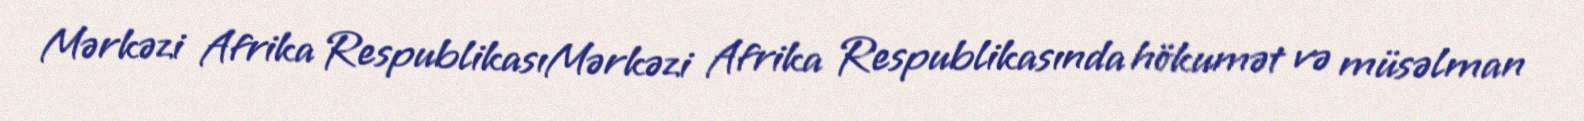
Mərkəzi Afrika RespublikasıMərkəzi Afrika Respublikasında hökumət və müsəlman